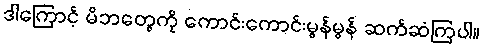
ဒါကြောင့် မိဘတွေကို ကောင်းကောင်းမွန်မွန် ဆက်ဆံကြပါ။